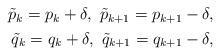
LaTeX: \begin{align*}\begin{aligned}\tilde{p}_{k}=p_k+\delta, ~\tilde{p}_{k+1}=p_{k+1}-\delta,\\\tilde{q}_{k}=q_{k}+\delta, ~\tilde{q}_{k+1}=q_{k+1}-\delta,\end{aligned}\end{align*}